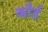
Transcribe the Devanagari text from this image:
कौर्ड